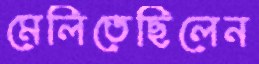
মেলিতেছিলেন